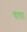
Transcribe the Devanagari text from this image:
चाचा।